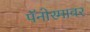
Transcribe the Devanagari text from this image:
पॅनोरमावर